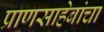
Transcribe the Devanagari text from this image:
प्राणसाहेबांचा